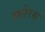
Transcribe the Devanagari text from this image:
स्मोरस